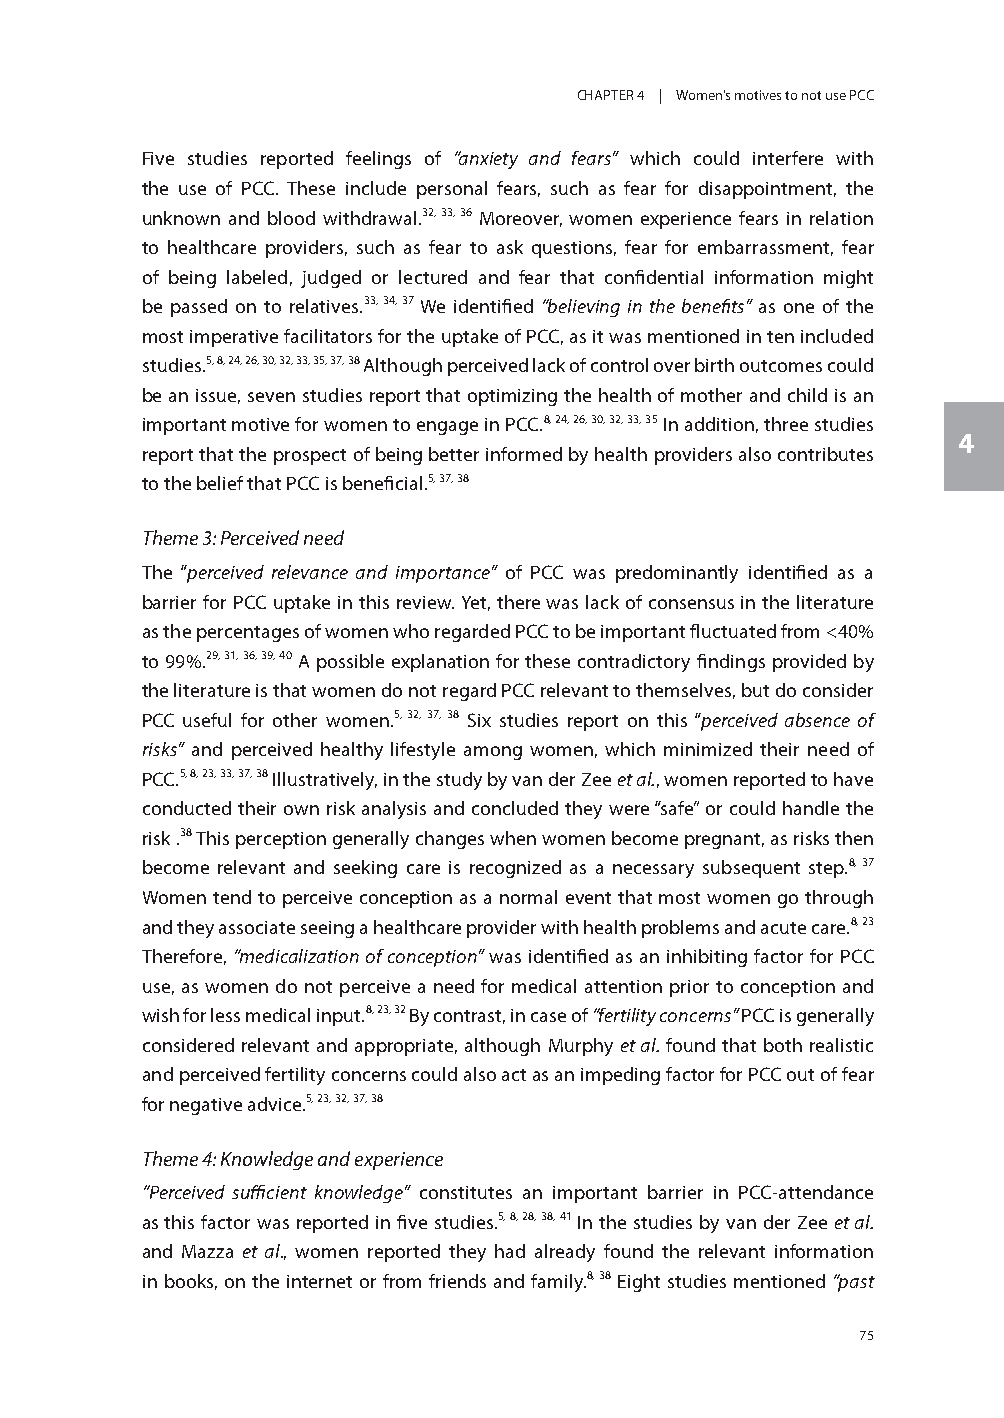
CHAPTER 4 | Women’s motives to not use PCC
 Five studies reported feelings of “anxiety and fears” which could interfere with
 the use of PCC. These include personal fears, such as fear for disappointment, the
 unknown and blood withdrawal.32, 33, 36 Moreover, women experience fears in relation
 to healthcare providers, such as fear to ask questions, fear for embarrassment, fear
 of being labeled, judged or lectured and fear that confidential information might
 be passed on to relatives.33, 34, 37 We identified “believing in the benefits” as one of the
 most imperative facilitators for the uptake of PCC, as it was mentioned in ten included
 studies.5, 8, 24, 26, 30, 32, 33, 35, 37, 38 Although perceived lack of control over birth outcomes could
 be an issue, seven studies report that optimizing the health of mother and child is an
 important motive for women to engage in PCC.8, 24, 26, 30, 32, 33, 35 In addition, three studies
 4
 report that the prospect of being better informed by health providers also contributes
 to the belief that PCC is beneficial.5, 37, 38
 Theme 3: Perceived need
 The “perceived relevance and importance” of PCC was predominantly identified as a
 barrier for PCC uptake in this review. Yet, there was lack of consensus in the literature
 as the percentages of women who regarded PCC to be important fluctuated from <40%
 to 99%.29, 31, 36, 39, 40 A possible explanation for these contradictory findings provided by
 the literature is that women do not regard PCC relevant to themselves, but do consider
 PCC useful for other women.5, 32, 37, 38 Six studies report on this “perceived absence of
 risks” and perceived healthy lifestyle among women, which minimized their need of
 PCC.5, 8, 23, 33, 37, 38 Illustratively, in the study by van der Zee et al., women reported to have
 conducted their own risk analysis and concluded they were “safe” or could handle the
 risk .38 This perception generally changes when women become pregnant, as risks then
 become relevant and seeking care is recognized as a necessary subsequent step.8, 37
 Women tend to perceive conception as a normal event that most women go through
 and they associate seeing a healthcare provider with health problems and acute care.8, 23
 Therefore, “medicalization of conception” was identified as an inhibiting factor for PCC
 use, as women do not perceive a need for medical attention prior to conception and
 wish for less medical input.8, 23, 32 By contrast, in case of “fertility concerns” PCC is generally
 considered relevant and appropriate, although Murphy et al. found that both realistic
 and perceived fertility concerns could also act as an impeding factor for PCC out of fear
 for negative advice.5, 23, 32, 37, 38
 Theme 4: Knowledge and experience
 “Perceived sufficient knowledge” constitutes an important barrier in PCC-attendance
 as this factor was reported in five studies.5, 8, 28, 38, 41 In the studies by van der Zee et al.
 and Mazza et al., women reported they had already found the relevant information
 in books, on the internet or from friends and family.8, 38 Eight studies mentioned “past
 75